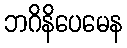
ဘဂိနိပေမေန